Vaccination Hyderabad 1890-1903 - 1890-1903
Year: 1890
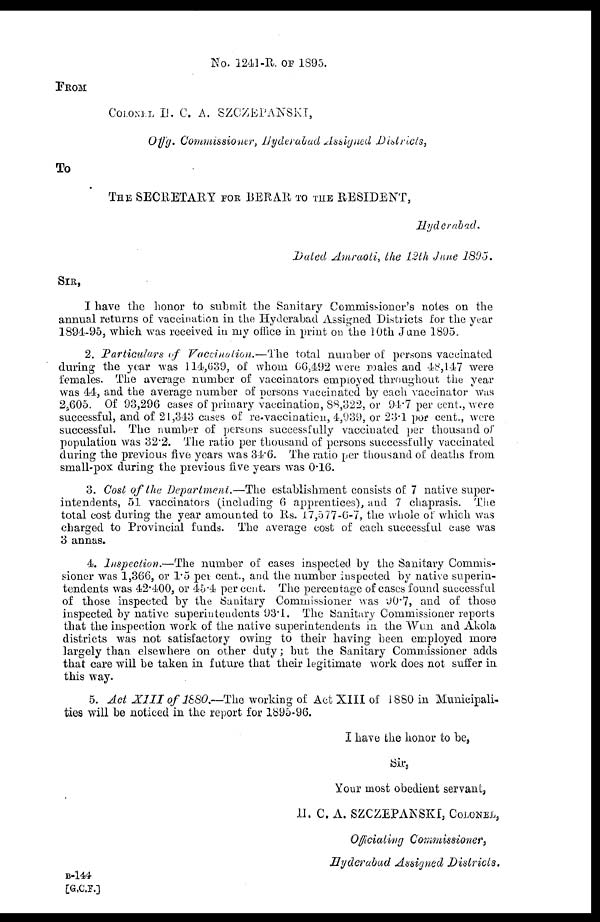
No. 1241-R. OF 1895.
FROM
COLONEL H. C. A. SZCZEPANSKI,
Offg. Commissioner, Hyderabad Assigned Districts,
To
THE SECRETARY FOR BERAR TO THE RESIDENT,
Hyderabad.
Dated Amraoti, the 12th June 1895.
SIR,
I have the honor to submit the Sanitary Commissioner's notes on the
annual returns of vaccination in the Hyderabad Assigned Districts for the year
1894-95, which was received in my office in print on the 10th June 1895.
2. Particulars of Vaccination.—The total number of persons vaccinated
during the year was 114,639, of whom 66,492 were males and 48,147 were
females. The average number of vaccinators employed throughout the year
was 44, and the average number of persons vaccinated by each vaccinator was
2,605. Of 93,296 cases of primary vaccination, 88,322, or 94.7 per cent., were
successful, and of 21,343 cases of re-vaccination, 4,939, or 23.1 per cent., were
successful. The number of persons successfully vaccinated per thousand of
population was 32.2. The ratio per thousand of persons successfully vaccinated
during the previous five years was 34.6. The ratio per thousand of deaths from
small-pox during the previous five years was 0.16.
3. Cost of the Department.—The establishment consists of 7 native super-
intendents, 51 vaccinators (including 6 apprentices), and 7 chaprasis. The
total cost during the year amounted to Rs. 17,577-6-7, the whole of which was
charged to Provincial funds. The average cost of each successful case was
3 annas.
4. Inspection.—The number of cases inspected by the Sanitary Commis-
sioner was 1,366, or 1.5 per cent., and the number inspected by native superin-
tendents was 42.400, or 45.4 per cent. The percentage of cases found successful
of those inspected by the Sanitary Commissioner was 90.7, and of those
inspected by native superintendents 93.1. The Sanitary Commissioner reports
that the inspection work of the native superintendents in the Wun and Akola
districts was not satisfactory owing to their having been employed more
largely than elsewhere on other duty; but the Sanitary Commissioner adds
that care will be taken in future that their legitimate work does not suffer in
this way.
5. Act XIII of 1880.—The working of Act XIII of 1880 in Municipali-
ties will be noticed in the report for 1895-96.
I have the honor to be,
Sir,
Your most obedient servant,
H. C. A. SZCZEPANSKI, COLONEL,
Officiating Commissioner,
Hyderabad Assigned Districts.
B-144
[G.C.F.]